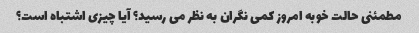
مطمئنی حالت خوبه امروز کمی نگران به نظر می رسید؟ آیا چیزی اشتباه است؟